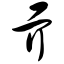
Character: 亓